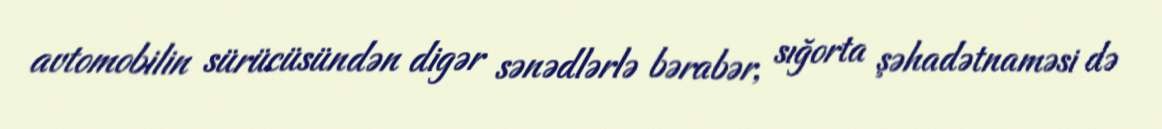
avtomobilin sürücüsündən digər sənədlərlə bərabər, sığorta şəhadətnaməsi də